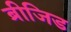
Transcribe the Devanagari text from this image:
ब्रीजिड